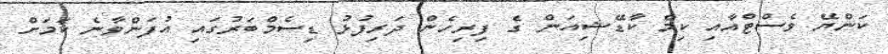
ކަންޔޭ ވެސްޓްއާއި ކިމް ކާޑޭޝިއަން ގެ ފިރިހެން ދަރިފުޅު ޑިސެމްބަރުގައި އުފަންވާނެ ކަމަށް